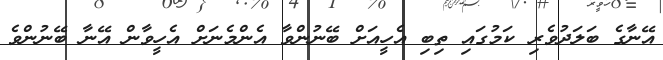
އޭނާގެ ބަލަދުވެރި ކަމުގައި ތިބި އެހީއަށް ބޭނުންވާ އެންމެނަށް އެހީވާން އޭނާ ބޭނުންވެ